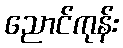
ညောင်ကုန်း